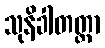
သုနိခါတတ္တာ